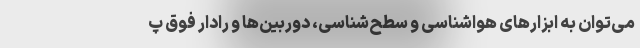
می‌توان به ابزارهای هواشناسی و سطح‌شناسی، دوربین‌ها و رادار فوق پ